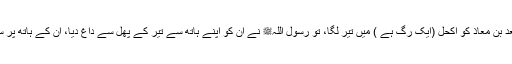
1483: سیدنا جابرؓ کہتے ہیں کہ سیدنا سعد بن معاذؓ کو اکحل (ایک رگ ہے ) میں تیر لگا، تو رسول اللہﷺ نے ان کو اپنے ہاتھ سے تیر کے پھل سے داغ دیا، ان کے ہاتھ پر سوزش ہو گئی تو آپﷺ نے دوبارہ داغ دیا۔